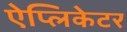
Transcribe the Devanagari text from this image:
ऐप्लिकेटर